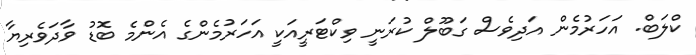
ކްލަބް. އަހަރުމެން އަދިވެސް ގަބޫލް ކުރަނީ ވިކްޓަރީއަކީ އަހަރުމެންގެ އެންމެ ބޮޑު ވާދަވެރިޔާ